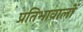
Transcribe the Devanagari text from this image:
प्रतिभावालों